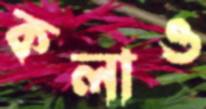
কলাও